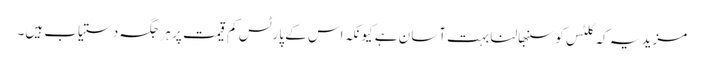
مزید یہ کہ کلٹس کو سنبھالنا بہت آسان ہے کیونکہ اس کے پارٹس کم قیمت پر ہر جگہ دستیاب ہیں۔